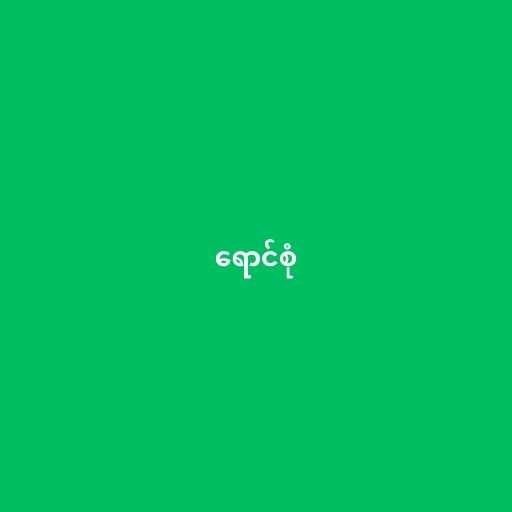
ရောင်စုံ